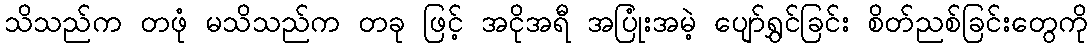
သိသည်က တဖုံ မသိသည်က တခု ဖြင့် အငိုအရီ အပြုံးအမဲ့ ပျော်ရွှင်ခြင်း စိတ်ညစ်ခြင်းတွေကို